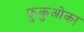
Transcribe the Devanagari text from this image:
फ़ुकुओका